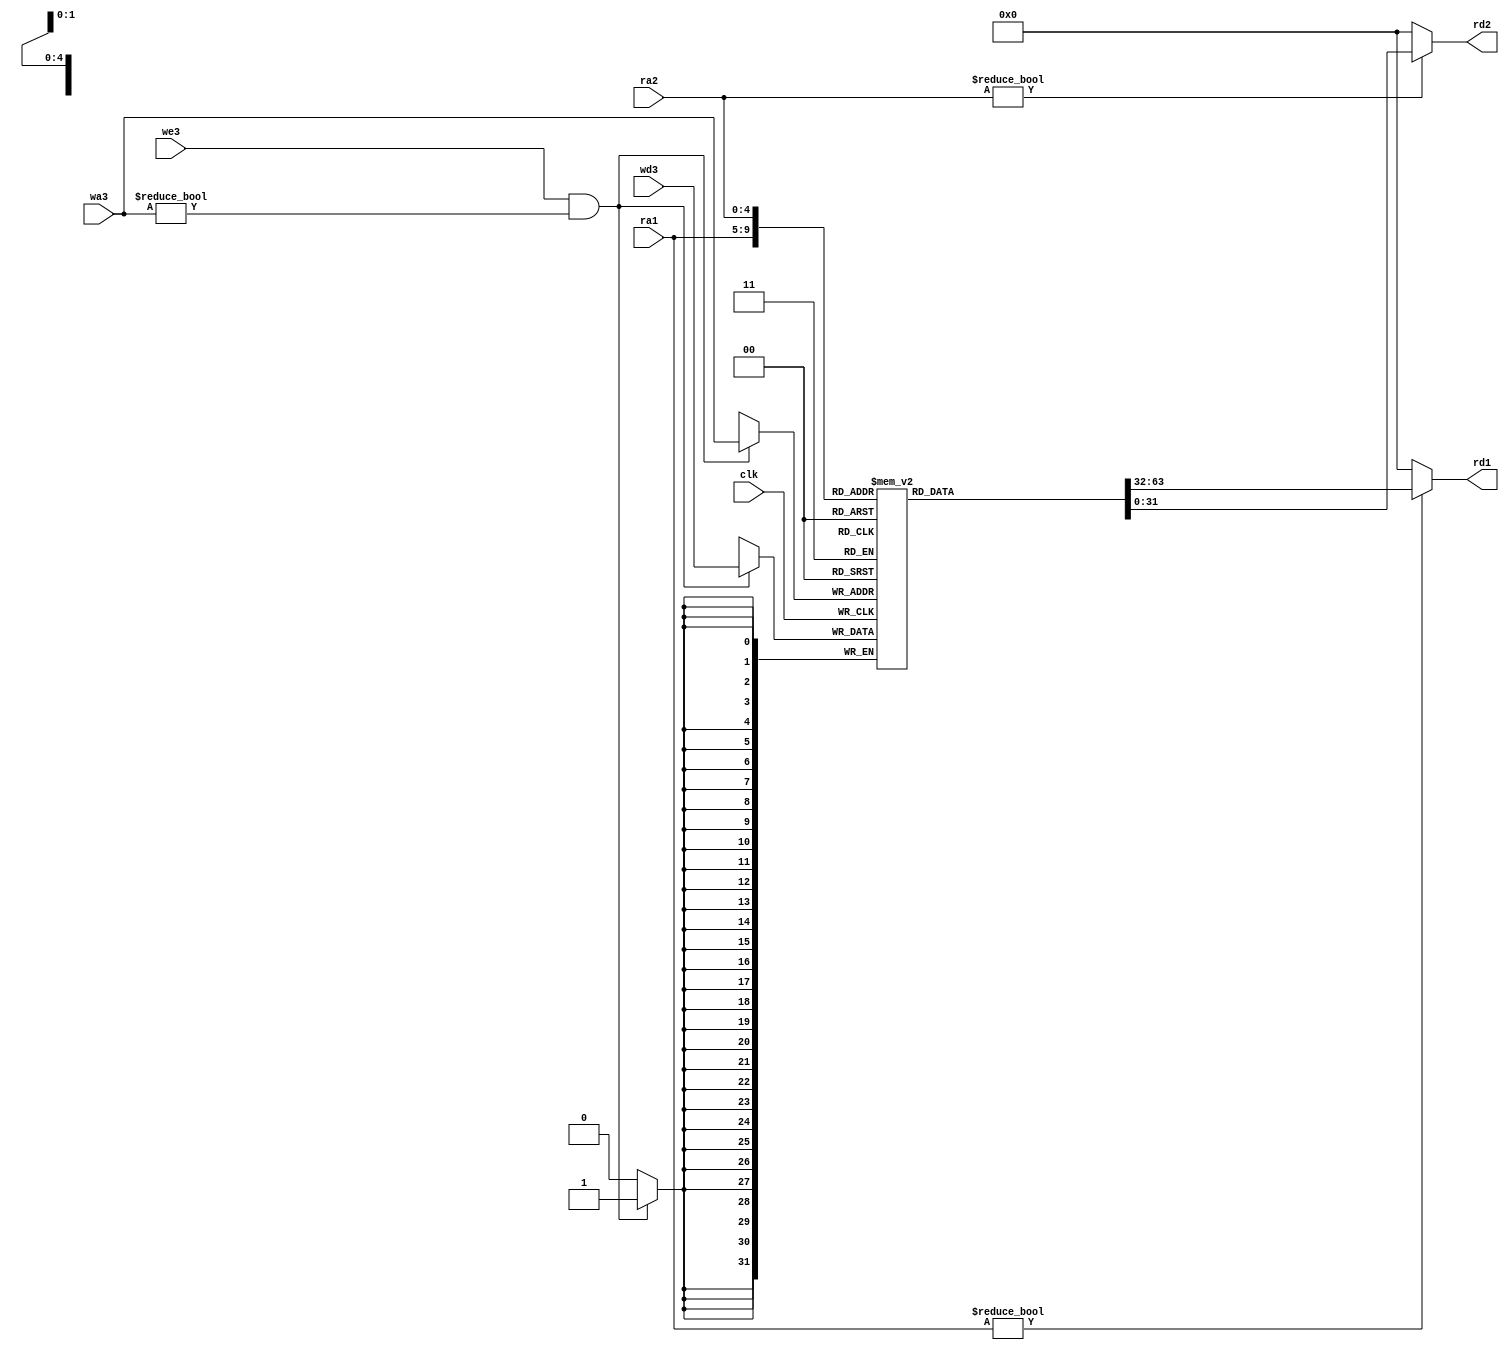
// This program was cloned from: https://github.com/siliconcompiler/scgallery
// License: Apache License 2.0

module regfile (input         clk, 
		input         we3, 
		input  [4:0]  ra1, ra2, wa3, 
		input  [31:0] wd3, 
		output [31:0] rd1, rd2);

   reg [31:0] 		      rf[31:0];

   // three ported register file
   // read two ports combinationally
   // write third port on rising edge of clock
   // register 0 hardwired to 0

   always @(posedge clk)
     if (we3 && wa3!=0) rf[wa3] <= wd3;	

   assign rd1 = (ra1 != 0) ? rf[ra1] : 0;
   assign rd2 = (ra2 != 0) ? rf[ra2] : 0;
   
endmodule // regfile